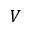
V